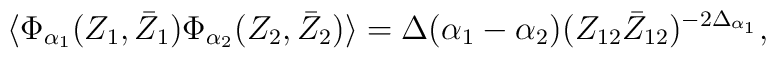
\langle\Phi _{\alpha _1} (Z_1,\bar{Z}_1)\Phi _{\alpha _2}(Z_2,\bar{Z}_2)\rangle=\Delta (\alpha _1-\alpha_2)(Z_{12} \bar{Z}_{12})^{-2\Delta _{\alpha _1}},